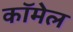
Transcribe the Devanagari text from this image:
कॉमेल